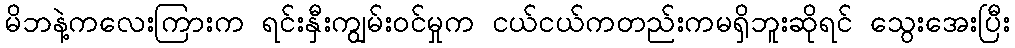
မိဘနဲ့ကလေးကြားက ရင်းနှီးကျွမ်းဝင်မှုက ငယ်ငယ်ကတည်းကမရှိဘူးဆိုရင် သွေးအေးပြီး